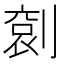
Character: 𠞬